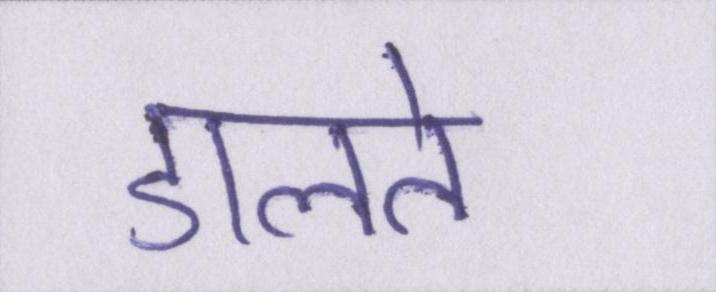
डालते